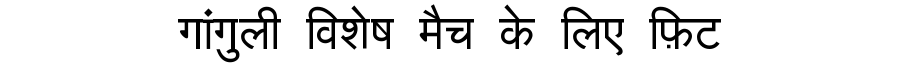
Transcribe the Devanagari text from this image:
गांगुली विशेष मैच के लिए फ़िट